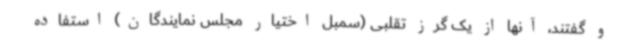
و گفتند، آنها از یک گرز تقلبی (سمبل اختیار مجلس نمایندگان) استفاده